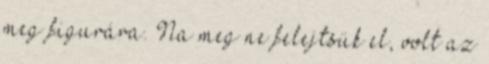
meg figurára. Na meg ne felejtsük el, volt az